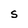
Character: S